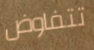
تتفاوض